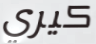
كيري